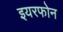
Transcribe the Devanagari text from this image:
इयरफोन